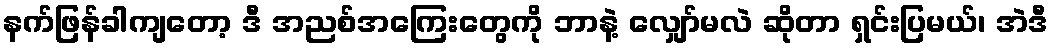
နက်ဖြန်ခါကျတော့ ဒီ အညစ်အကြေးတွေကို ဘာနဲ့ လျှော်မလဲ ဆိုတာ ရှင်းပြမယ်၊ အဲဒီ